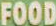
FOOD